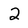
Character: 2